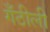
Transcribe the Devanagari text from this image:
गँठीली